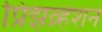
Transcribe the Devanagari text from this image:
प्रिझव्र्हेशन